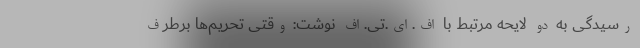
رسیدگی به دو لایحه مرتبط با اف.ای.تی.اف نوشت: وقتی تحریم‌ها برطرف